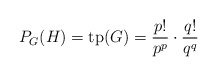
\begin{align*}P_G(H) = \mathrm{tp}(G) = \frac{p!}{p^p} \cdot \frac{q!}{q^q}\end{align*}